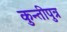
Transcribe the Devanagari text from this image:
कुन्तीपुत्र